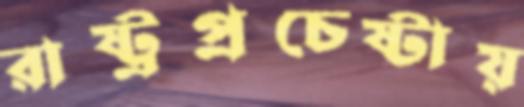
রাষ্ট্রপ্রচেষ্টায়